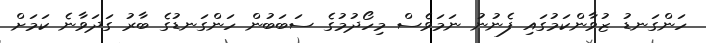
ހަންގަނޑު ޒުވާންކަމުގައި ފެނުނު ނަމަވެސް މިހޯދުމުގެ ސަބަބުން ހަންގަނޑުގެ ބާރު ގަދަވާނެ ކަމަށް